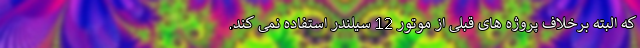
که البته برخلاف پروژه های قبلی از موتور 12 سیلندر استفاده نمی کند.